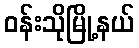
ဝန်းသိုမြို့နယ်